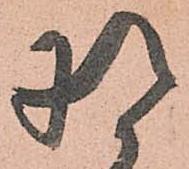
将